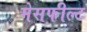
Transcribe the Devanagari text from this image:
मेसफील्ट